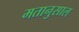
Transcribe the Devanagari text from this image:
मतानुसाल